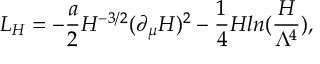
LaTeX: { \cal L } _ { H } = - \frac { a } { 2 } H ^ { - 3 / 2 } ( \partial _ { \mu } H ) ^ { 2 } - \frac { 1 } { 4 } H l n ( \frac { H } { \Lambda ^ { 4 } } ) ,